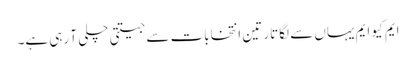
ایم کیو ایم یہاں سے لگاتار تین انتخابات سے جیتتی چلی آ رہی ہے۔